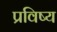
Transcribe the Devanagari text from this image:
प्रविष्य